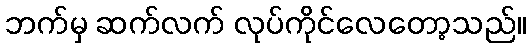
ဘက်မှ ဆက်လက် လုပ်ကိုင်လေတော့သည်။